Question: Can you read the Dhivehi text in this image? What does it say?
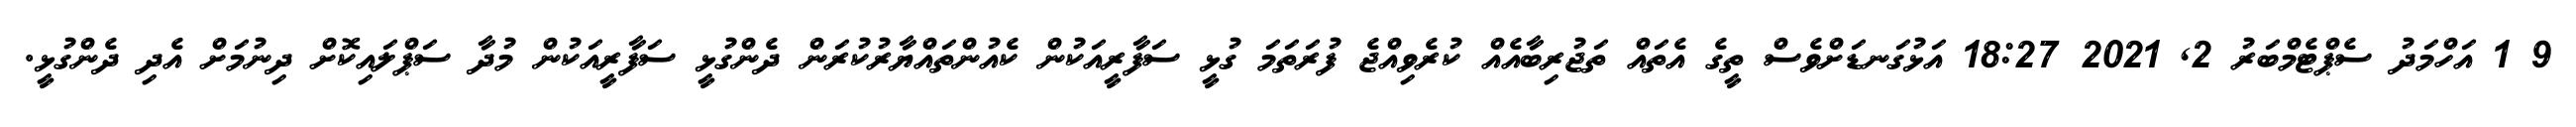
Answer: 9 1 އަހްމަދު ސެޕްޓެމްބަރު 2, 2021 18:27 އަޅުގަނޑަށްވެސް ތީގެ އެތައް ތަޖުރިބާއެއް ކުރެވިއްޖެ ފުރަތަމަ ގުޅީ ސަފާރީއަކުން ކެއުންތައްޔާރުކުރަން ދެންގުޅީ ސަފާރީއަކުން މުދާ ސަޕްލައިކޮށް ދިނުމަށް އެދި ދެންގުޅީ.